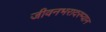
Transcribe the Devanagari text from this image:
जीवनभरादरम्यान